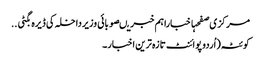
مرکزی صفحہاخباراہم خبریںصوبائی وزیرداخلہ کی ڈیرہ بگٹی ..
کوئٹہ(اُردو پوائنٹ تازہ ترین اخبار۔